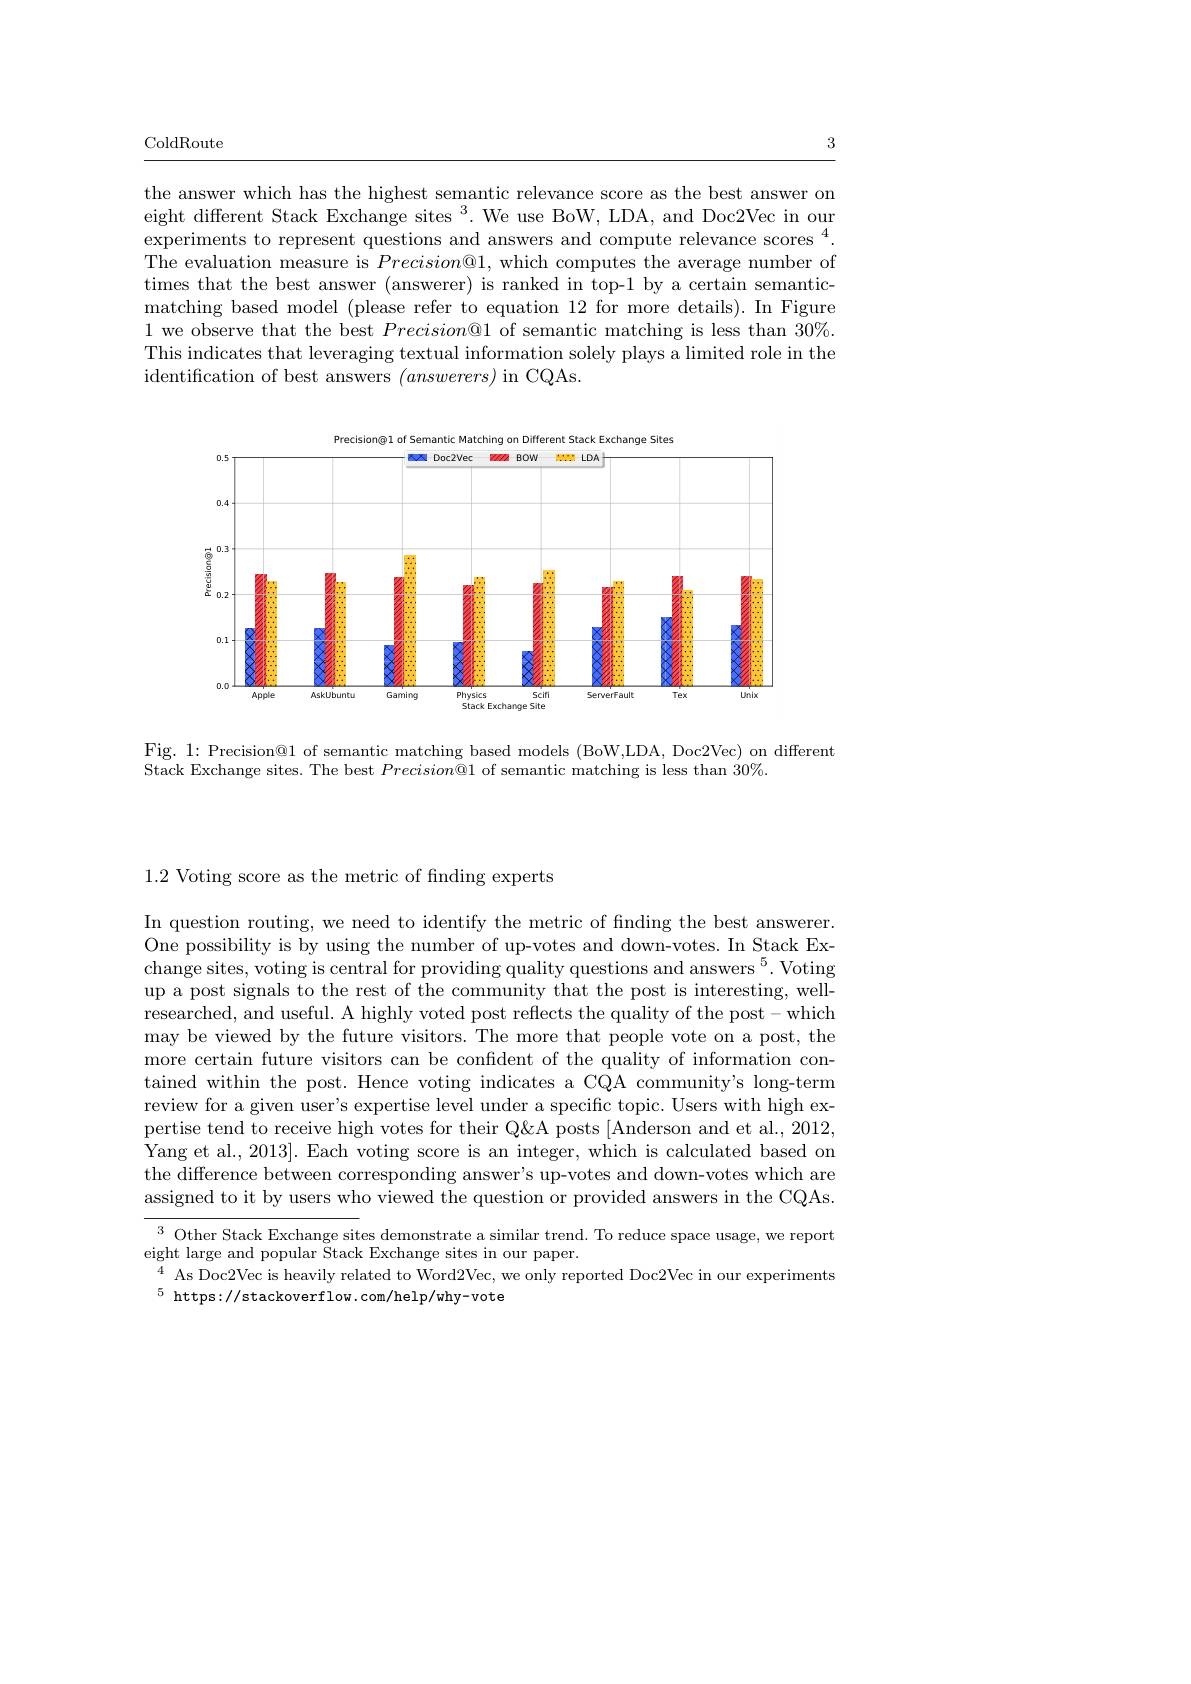
ColdRoute

3

the answer which has the highest semantic relevance score as the best answer on eight different Stack Exchange sites $^3.$ We use BoW, LDA, and Doc2Vec in our experiments to represent questions and answers and compute relevance scores $^4.$ The evaluation measure is $Precision@1$, which computes the average number of times that the best answer (answerer) is ranked in top-1 by a certain semanticmatching based model (please refer to equation 12 for more details). In Figure 1 we observe that the best $Precision@1$ of semantic matching is less than 30%. This indicates that leveraging textual information solely plays a limited role in the identification of best answers $(answerers)$ in CQAs.

<FigureHere>

Fig. 1: Precision@1 of semantic matching based models (BoW,LDA, Doc2Vec) on different
Stack Exchange sites. The best Precision@ 1 of semantic matching is less than 30%.

1.2 Voting score as the metric of finding experts

In question routing, we need to identify the metric of fnding the best answerer. One possibility is by using the number of up-votes and down-votes. In Stack Exchange sites, voting is central for providing quality questions and answers $^5.$Voting up a post signals to the rest of the community that the post is interesting, wellresearched, and useful. A highly voted post reflects the quality of the post-which may be viewed by the future visitors. The more that people vote on a post, the more certain future visitors can be confident of the quality of information contained within the post. Hence voting indicates a CQA community's long-term review for a given user's expertise level under a specific topic. Users with high expertise tend to receive high votes for their Q&A posts [Anderson and et al., 2012, Yang et al., 2013]. Each voting score is an integer, which is calculated based on the difference between corresponding answer's up-votes and down-votes which are assigned to it by users who viewed the question or provided answers in the CQAs.

$^{3}$ Other Stack Exchange sites demonstrate a similar trend. To reduce space usage, we report
eight large and popular Stack Exchange sites in our paper.
$^{4}$ As Doc2Vec is heavily related to Word2Vec, we only reported Doc2Vec in our experiments
$^{5}$ https://stackoverflow.com/help/why-vote